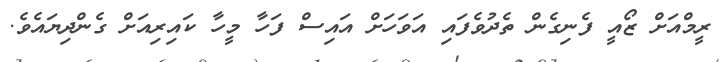
ރީމްއަށް ޒޯއީ ފެނިގެން ތެދުވެފައި އަވަހަށް އައިސް ފަހާ މީހާ ކައިރިއަށް ގެންދިޔައެވެ.